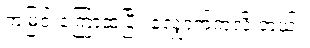
ကမြင်းကြောထပြီး လျှောက်ကလိ တယ်။